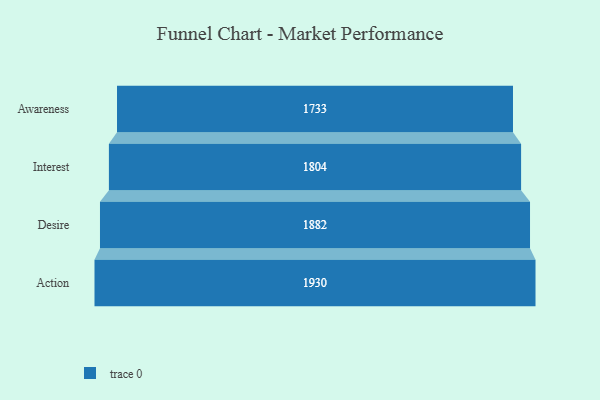
{"axis": {"x": "Stage", "y": "Value"}, "legend": [""], "data": [{"x": "Awareness", "y": 1733.0, "type": ""}, {"x": "Interest", "y": 1804.0, "type": ""}, {"x": "Desire", "y": 1882.0, "type": ""}, {"x": "Action", "y": 1930.0, "type": ""}]}